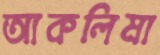
আকলিমা